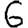
Digit: 6